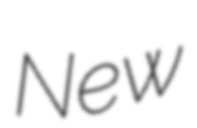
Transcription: New